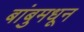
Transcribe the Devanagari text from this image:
बांबुमधून